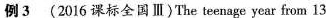
例3(2016课标全国Ⅲ)The teenage year from13